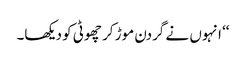
‘‘ انہوں نے گردن موڑ کر چھوٹی کو دیکھا۔